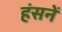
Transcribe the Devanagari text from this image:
हंसनें